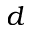
d